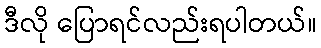
ဒီလို ပြောရင်လည်းရပါတယ်။